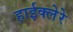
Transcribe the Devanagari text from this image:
हाईक्लेरे